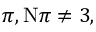
\pi , \mathrm { N } \pi \neq 3 ,